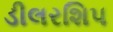
ડીલરશિપ